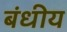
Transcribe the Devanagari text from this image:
बंधीय